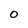
Character: 0